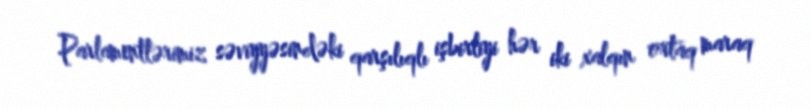
Parlamentlərimiz səviyyəsindəki qarşılıqlı işbirliyi hər iki xalqın ortaq maraq